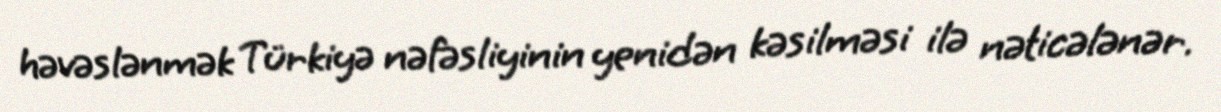
həvəslənmək Türkiyə nəfəsliyinin yenidən kəsilməsi ilə nəticələnər.